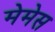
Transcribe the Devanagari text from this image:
मेमेस